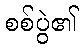
စစ်ပွဲ၏